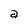
Character: a